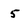
Character: 5